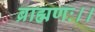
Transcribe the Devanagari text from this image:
ब्राह्मणः।।